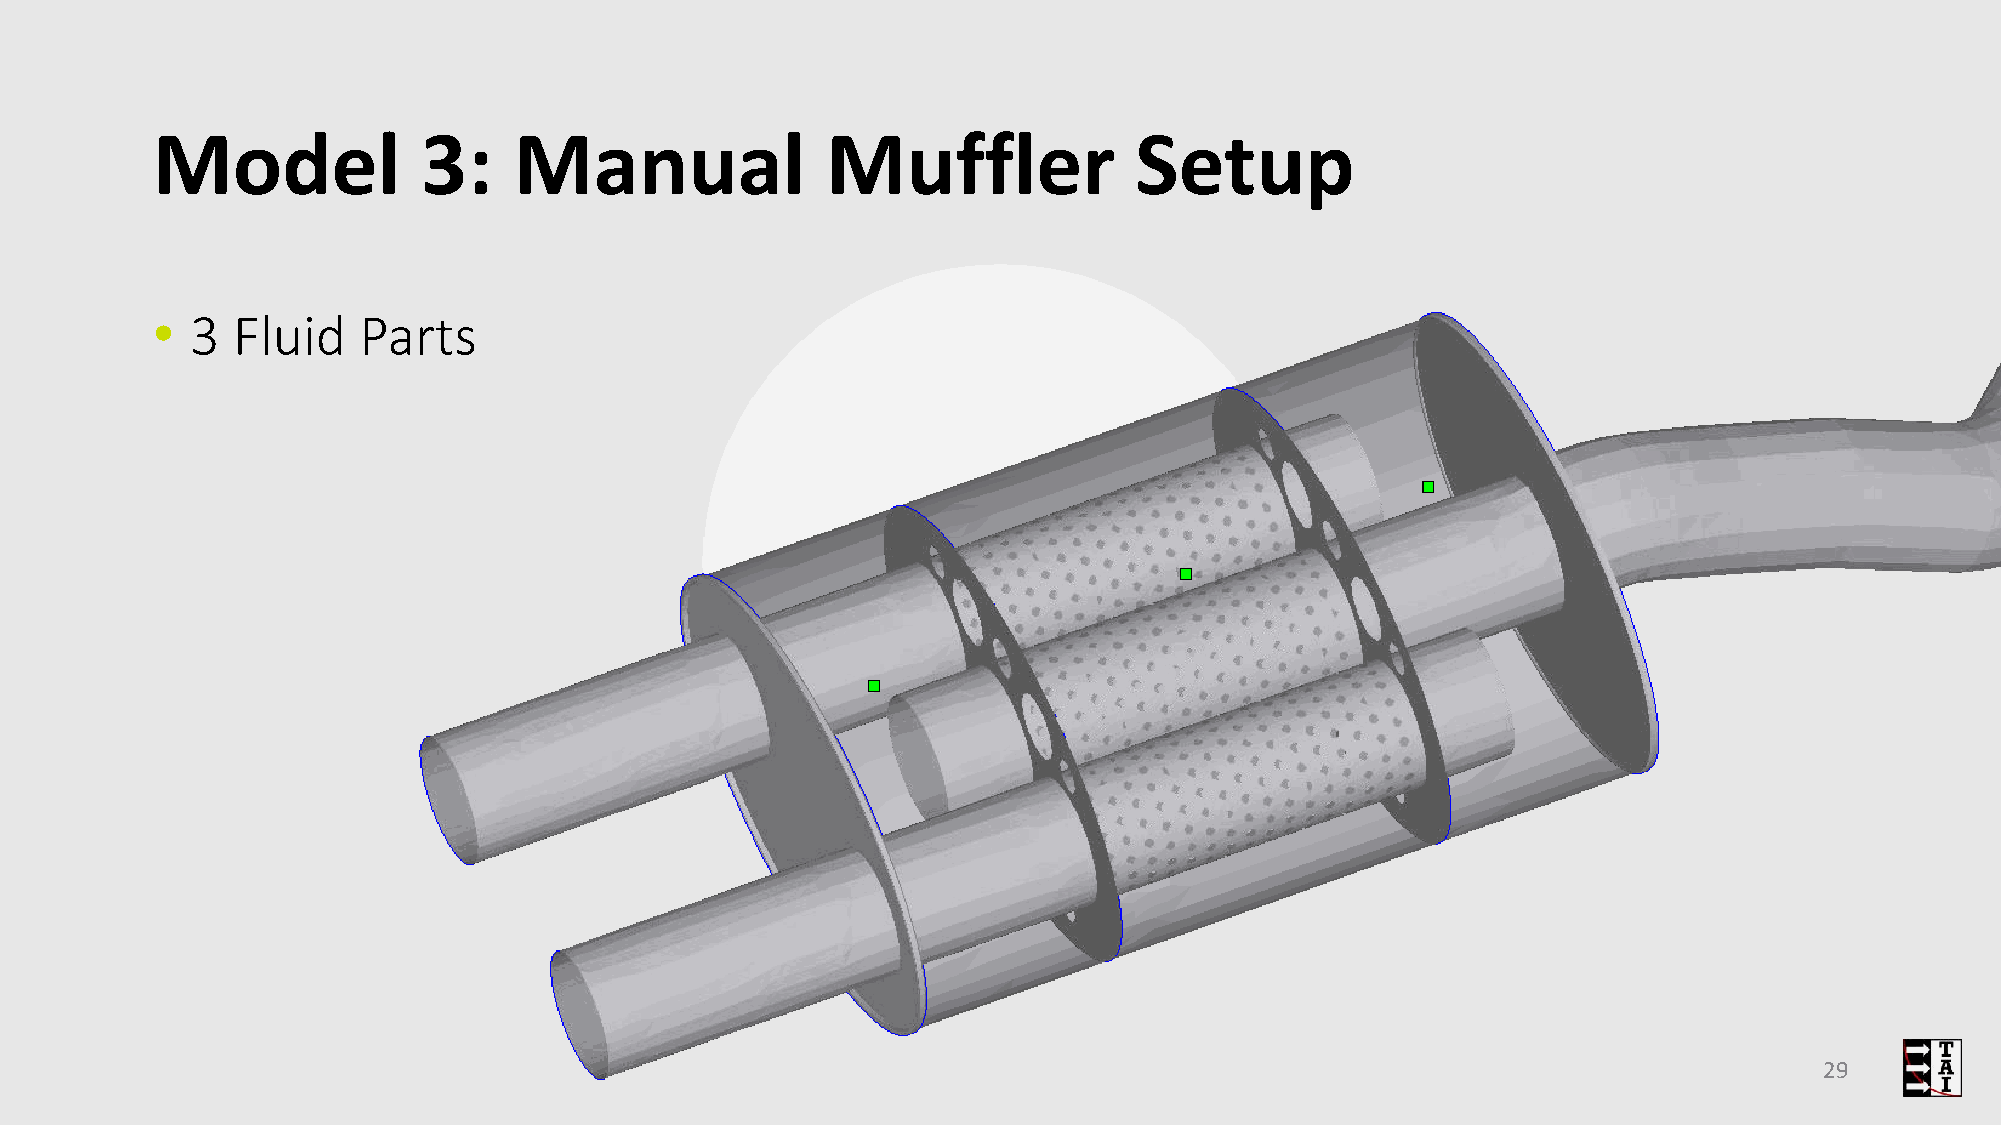
Model             3:    Manual               Muffler             Setup
 •  3 Fluid    Parts
 29